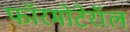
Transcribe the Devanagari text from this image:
फॉरमोटेरॉल